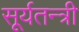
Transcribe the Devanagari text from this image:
सूर्यतन्त्री